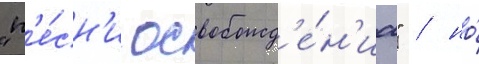
"п'е́сн'и освобожд'е́н'иа" / но́